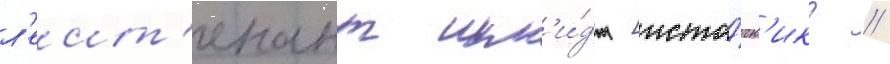
л'еит'енант шм'и́дт [исто́чн'ик? //